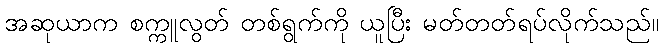
အဆုယာက စက္ကူလွတ် တစ်ရွက်ကို ယူပြီး မတ်တတ်ရပ်လိုက်သည်။